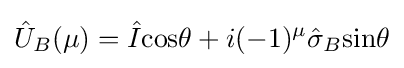
{\hat {U}}_{B}(\mu )={\hat {I}}{\text{cos}}\theta +i(-1)^{\mu }{\hat {\sigma }}_{B}{\text{sin}}\theta